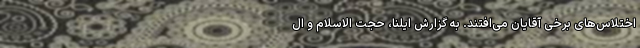
اختلاس‌های برخی آقایان می‌افتند. به گزارش ایلنا، حجت الاسلام و ال